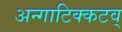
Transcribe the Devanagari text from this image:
अन्गाटिक्कटव्